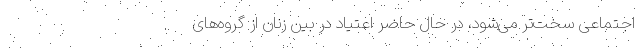
اجتماعی سخت‌تر می‌شود، در حال حاضر اعتیاد در بین زنان از گروه‌های